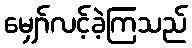
မျှော်လင့်ခဲ့ကြသည်